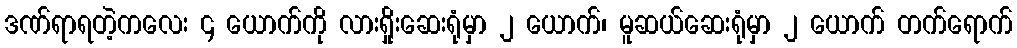
ဒဏ်ရာရတဲ့ကလေး ၄ ယောက်ကို လားရှိုးဆေးရုံမှာ ၂ ယောက်၊ မူဆယ်ဆေးရုံမှာ ၂ ယောက် တက်ရောက်